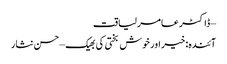
– ڈاکٹر عامر لیاقت
آئندہ: خیر اور خوش بختی کی بھیک – حسن نثار